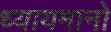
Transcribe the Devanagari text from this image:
ध्यायमानो